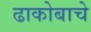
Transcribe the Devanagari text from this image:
ढाकोबाचे